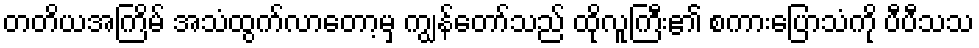
တတိယအကြိမ် အသံထွက်လာတော့မှ ကျွန်တော်သည် ထိုလူကြီး၏ စကားပြောသံကို ပီပီသသ